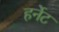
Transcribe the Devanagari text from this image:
हर्नेट